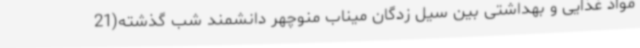
مواد غذایی و بهداشتی بین سیل زدگان میناب منوچهر دانشمند شب گذشته(21